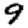
Digit: 9